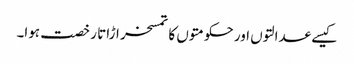
کیسے عدالتوں اور حکومتوں کا تمسخر اڑاتا رخصت ہوا۔